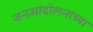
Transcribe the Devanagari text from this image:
जनआंदोलनाच्या